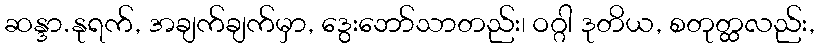
ဆန္ဒာ.နုရက်, အချက်ချက်မှာ, ဒွေးဘော်သာတည်း၊ ဝဂ္ဂါ ဒုတိယ, စတုတ္ထလည်း,